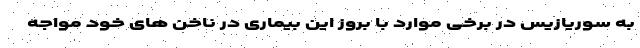
به سوریازیس در برخی موارد با بروز این بیماری در ناخن های خود مواجه